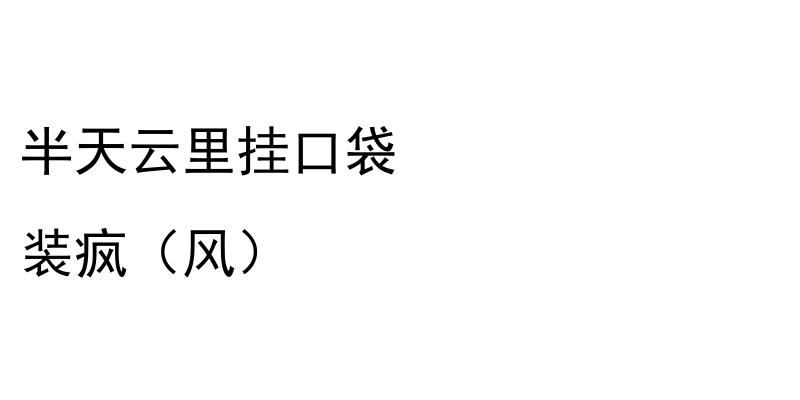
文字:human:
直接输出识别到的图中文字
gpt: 半天云里挂口袋 装疯（风）